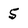
Character: 5